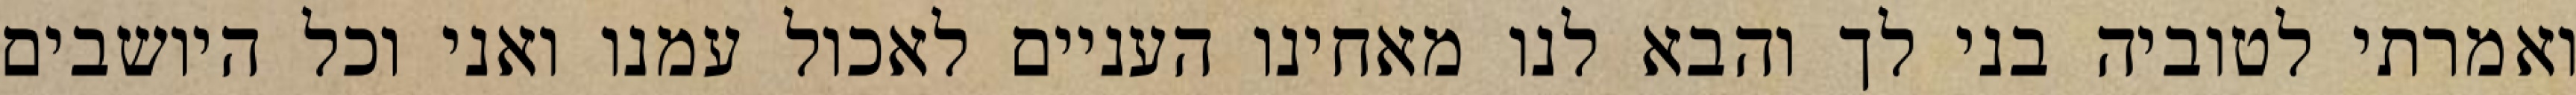
ואמרתי לטוביה בני לך והבא לנו מאחינו העניים לאכול עמנו ואני וכל היושבים